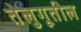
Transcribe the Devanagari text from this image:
तेलुगूतील